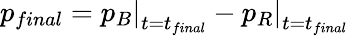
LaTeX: p_{final}=\left.p_{B}\right|_{t=t_{final}}-\left.p_{R}\right|_{t=t_{final}}